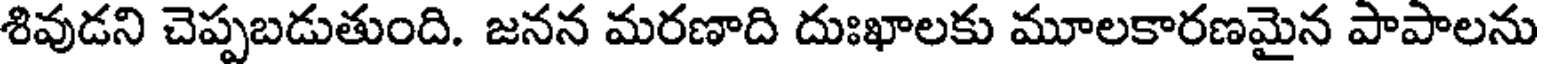
శివుడని చెప్పబడుతుంది. జనన మరణాది దుఃఖాలకు మూలకారణమైన పాపాలను